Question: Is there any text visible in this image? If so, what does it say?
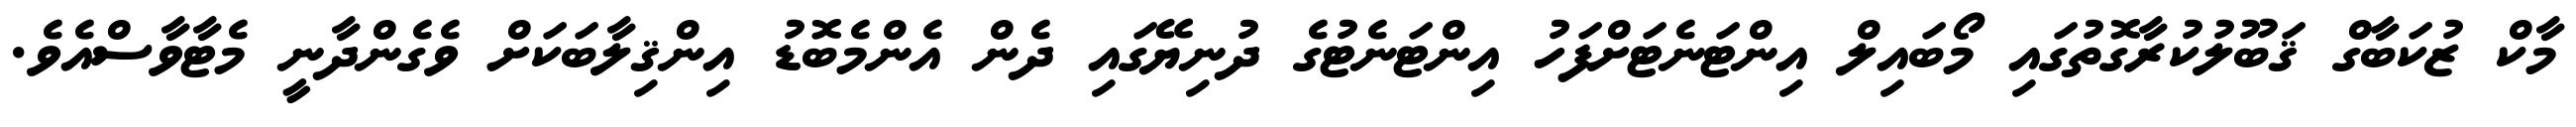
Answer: މާކް ޒުކަބާގް ޤަބޫލުކުރާގޮތުގައި މޯބައިލް އިންޓަނެޓަށްފަހު އިންޓަނެޓުގެ ދުނިޔޭގައި ދެން އެންމެބޮޑު އިންޤިލާބަކަށް ވެގެންދާނީ މެޓާވާސްއެވެ.